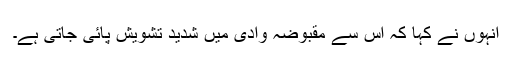
انہوں نے کہا کہ اس سے مقبوضہ وادی میں شدید تشویش پائی جاتی ہے۔